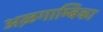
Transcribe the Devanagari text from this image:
अऴगाम्बिका